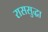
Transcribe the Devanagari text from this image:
राससुद्धा